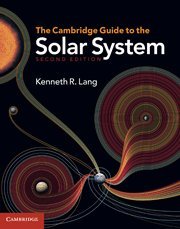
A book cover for The Cambridge Guide to the Solar System; Kenneth R. Lang; Science & Math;